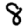
Digit: 8